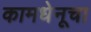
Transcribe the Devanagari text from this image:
कामधेनूचा